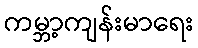
ကမ္ဘာ့ကျန်းမာရေး